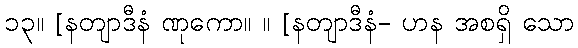
၁၃။ [နတျာဒီနံ ဏုကော။ ။ [နတျာဒီနံ- ဟန အစရှိ သော